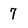
Character: 7